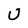
Character: U